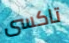
تاكسى